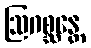
ဩဂစ္ဆန္တေ